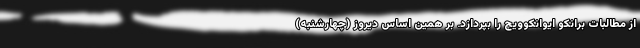
از مطالبات برانکو ایوانکوویچ را بپردازد. بر همین اساس دیروز (چهارشنبه)